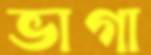
ভাগা